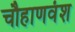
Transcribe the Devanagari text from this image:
चौहाणवंश